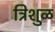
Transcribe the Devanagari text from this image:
त्रिशुळ